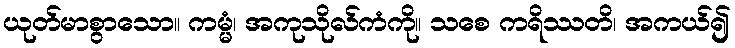
ယုတ်မာစွာသော။ ကမ္မံ၊ အကုသိုလ်ကံကို။ သစေ ကရိဿတိ၊ အကယ်၍